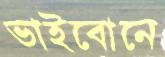
ভাইবোনে